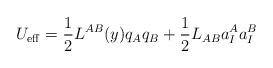
LaTeX: \begin{align*}U_{\rm eff} = \frac{1}{2} L^{AB}(y) q_A q_B + \frac{1}{2} L_{AB} a_I^A a_I^B\end{align*}